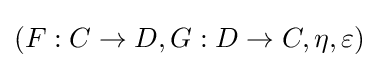
(F:C\to D,G:D\to C,\eta ,\varepsilon )